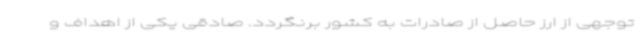
توجهی از ارز حاصل از صادرات به کشور برنگردد. صادقی یکی از اهداف و